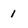
Character: 1